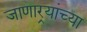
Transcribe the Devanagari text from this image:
जाणार्‍यांच्या